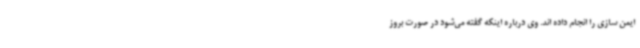
ایمن سازی را انجام داده اند. وی درباره اینکه گفته می‌شود در صورت بروز